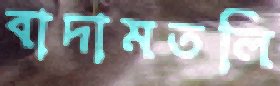
বাদামতলি